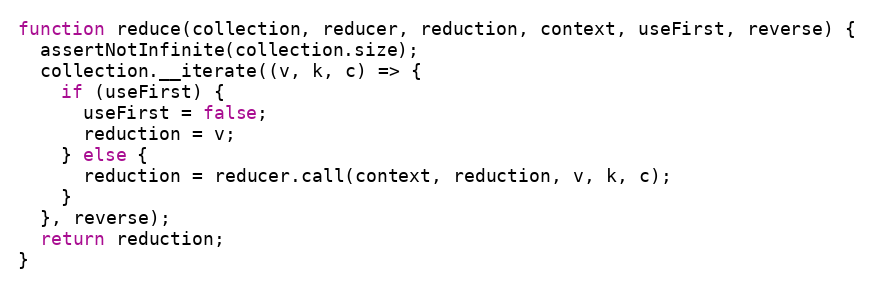
Language: JavaScript
function reduce(collection, reducer, reduction, context, useFirst, reverse) {
  assertNotInfinite(collection.size);
  collection.__iterate((v, k, c) => {
    if (useFirst) {
      useFirst = false;
      reduction = v;
    } else {
      reduction = reducer.call(context, reduction, v, k, c);
    }
  }, reverse);
  return reduction;
}